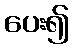
ပေး၍